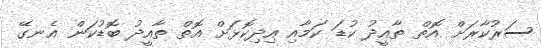
ސަރުކާރަށް އޮތް ތާއީދު ކުޑަ ކަމާއި އިދިކޮޅަށް އޮތް ތާއީދު ބޮޑުކަން އެނގޭ